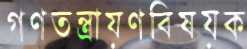
গণতন্ত্রায়ণবিষয়ক